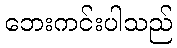
ဘေးကင်းပါသည်